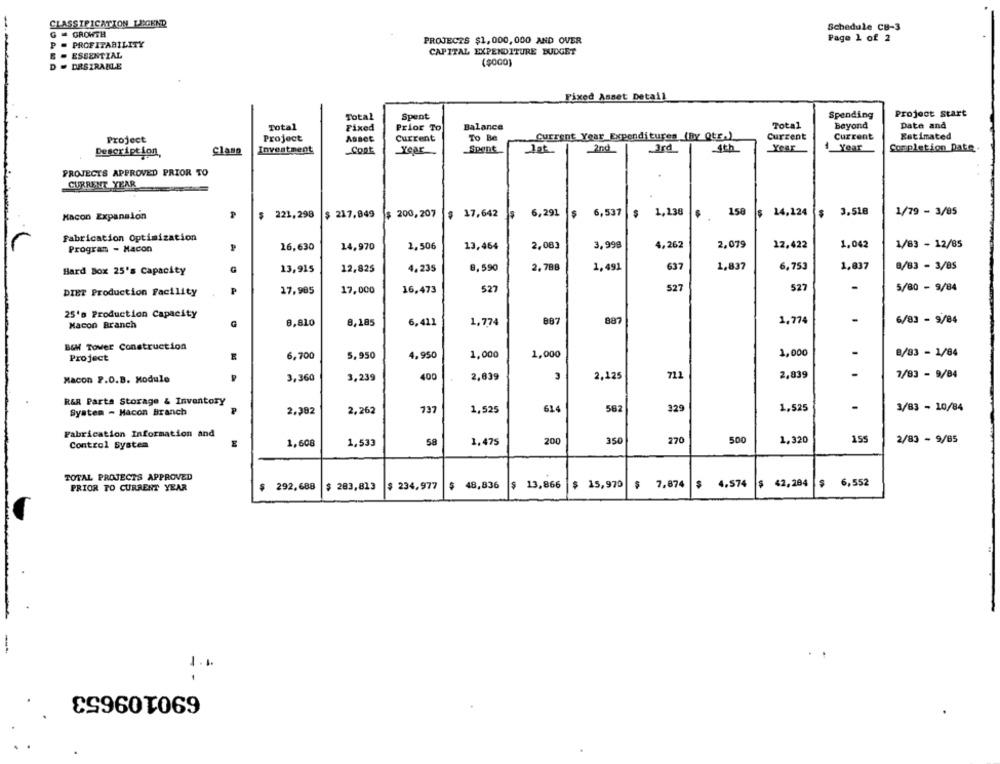
CLASSIFICATION LEGEND
Schedule CB-3
G = GROWTH
Page 1 of 2
P = PROFITABILITY
PROJECTS $1,000, 000 AND OVER
CAPITAL EXPENDITURE BUDGET
E - ESSENTIAL
($000)
D - DRSIRABLE
Fixed Asset Detail
Spent
Spending
Project Start
Total
Total
Fixed
Prior To
Balance
Total
Beyond
Date and
Project
Asset
Current
To Be
Current Year Expenditures (BY Qtr.)
Current
Current
Estimated
Project
Description,
Clase
Investment
Goat
Year
Spent
lat
3rd
4th
Year
1 Year
Completion Date.
PROJECTS APPROVED PRIOR TO
CURRENT YEAR
$ 221,298 $ 217,049 $ 200, 207 $ 17,642 $ 6,291 $ 6,537 $ 1,138
158
14,124
3.518
1/79 - 3/05
Kacon Expansion
Fabrication Optimization
2,506
13,454
2,083
3,998
4,262
2,079
12,422
1,042
1/83 - 12/85
Program - Macon
16,630
14,970
13,915
12,825
4, 235
8, 590
2.788
1,491
637
1,837
6,753
1,837
8/83 - 3/85
Hard Box 25's capacity
DIET Production Facility
17,985
17,000
16,473
527
527
527
5/80 - 9/84
25's Production Capacity
8,810
8,185
1,774
887
887
1,774
6/83 - 9/84
Macon Branch
6,411
BOM Tower Construction
1,000
8/83 - 1/84
Project
6,700
5,950
4.950
1,000
1,000
400
711
2,839
7/83 - 9/84
Macon P.O.B. Module
3,360
3,239
2,639
2,125
R&R Parts Storage & Inventory
System - Macon Branch
2,382
2,262
737
1,525
614
582
329
1,525
3/83 - 10/84
Fabrication Information and
Control System
1,608
1,533
58
1,475
200
350
270
500
1.320
155
2/83 - 9/85
TOTAL PROJECTS APPROVED
PRIOR TO CURRENT YEAR
$ 292.688
$ 283,813
$ 234,977 $ 48,836 $ 13,866 $ 15,970
7,874
$ 4.574
42,284 $ 6,552
1.1.
690109653